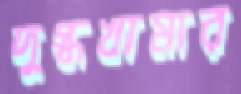
দুগ্ধখামার